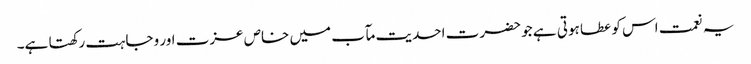
یہ نعمت اس کو عطا ہوتی ہے جو حضرت احدیت مآب میں خاص عزت اور وجاہت رکھتا ہے۔